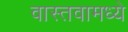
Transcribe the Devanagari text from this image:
वास्तवामध्ये